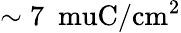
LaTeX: \sim 7~\mathrm{\ muC/cm^{2}}